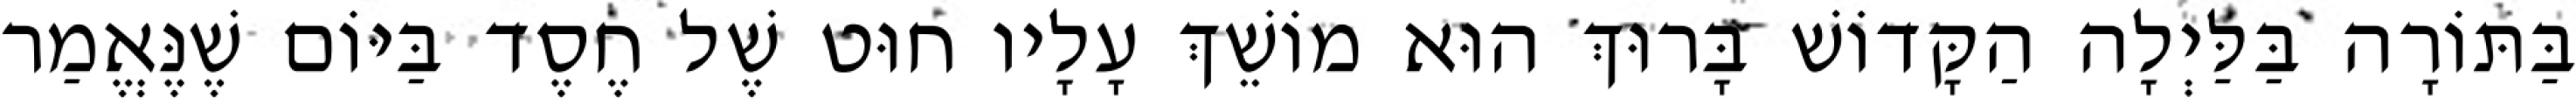
בַּתּוֹרָה בַּלַּיְלָה הַקָּדוֹשׁ בָּרוּךְ הוּא מוֹשֵׁךְ עָלָיו חוּט שֶׁל חֶסֶד בַּיּוֹם שֶׁנֶּאֱמַר